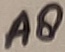
Text: A8